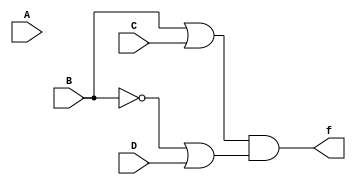
module qb(A,B,C,D,f);
	input A,B,C,D;
	output f;
	assign f = (B|C) & (~B|D);
endmodule